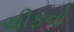
ચીફનો